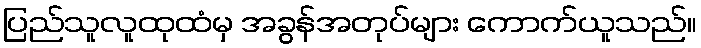
ပြည်သူလူထုထံမှ အခွန်အတုပ်များ ကောက်ယူသည်။